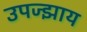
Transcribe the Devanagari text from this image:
उपज्झाय